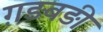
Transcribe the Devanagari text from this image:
ग़ड़बड़ी